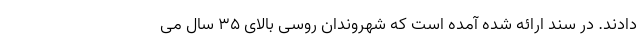
دادند. در سند ارائه شده آمده است که شهروندان روسی بالای ۳۵ سال می